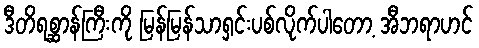
ဒီတိရစ္ဆာန်ကြီးကို မြန်မြန်သာရှင်းပစ်လိုက်ပါတော့ အီဘရာဟင်